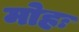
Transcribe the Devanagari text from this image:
मोहः